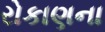
રોકાણના